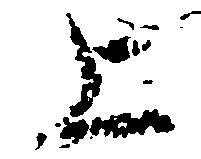
上